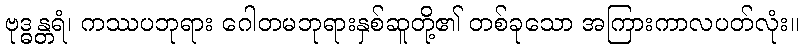
ဗုဒ္ဓန္တရံ၊ ကဿပဘုရား ဂေါတမဘုရားနှစ်ဆူတို့၏ တစ်ခုသော အကြားကာလပတ်လုံး။